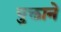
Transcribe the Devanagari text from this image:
युक्ताने